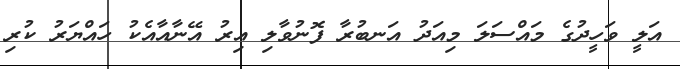
އަލީ ވަހީދުގެ މައްސަލަ މިއަދު އަނބުރާ ފޮނުވާލި އިރު އޭނާއާއެކު ހައްޔަރު ކުރި